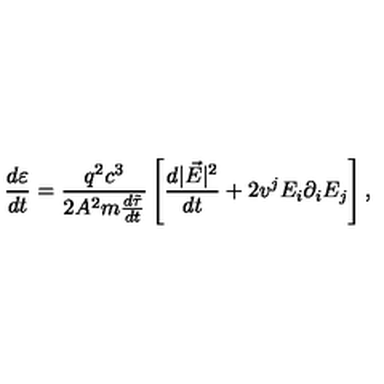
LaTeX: \frac { d \varepsilon } { d t } = \frac { q ^ { 2 } c ^ { 3 } } { 2 A ^ { 2 } m { \frac { d \tilde { \tau } } { d t } } } \left[ \frac { d | \vec { E } | ^ { 2 } } { d t } + 2 v ^ { j } E _ { i } \partial _ { i } E _ { j } \right] { , }